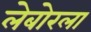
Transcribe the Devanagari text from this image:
लेबोरला